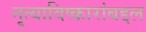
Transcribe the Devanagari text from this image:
नृत्याविष्कारांबद्दल